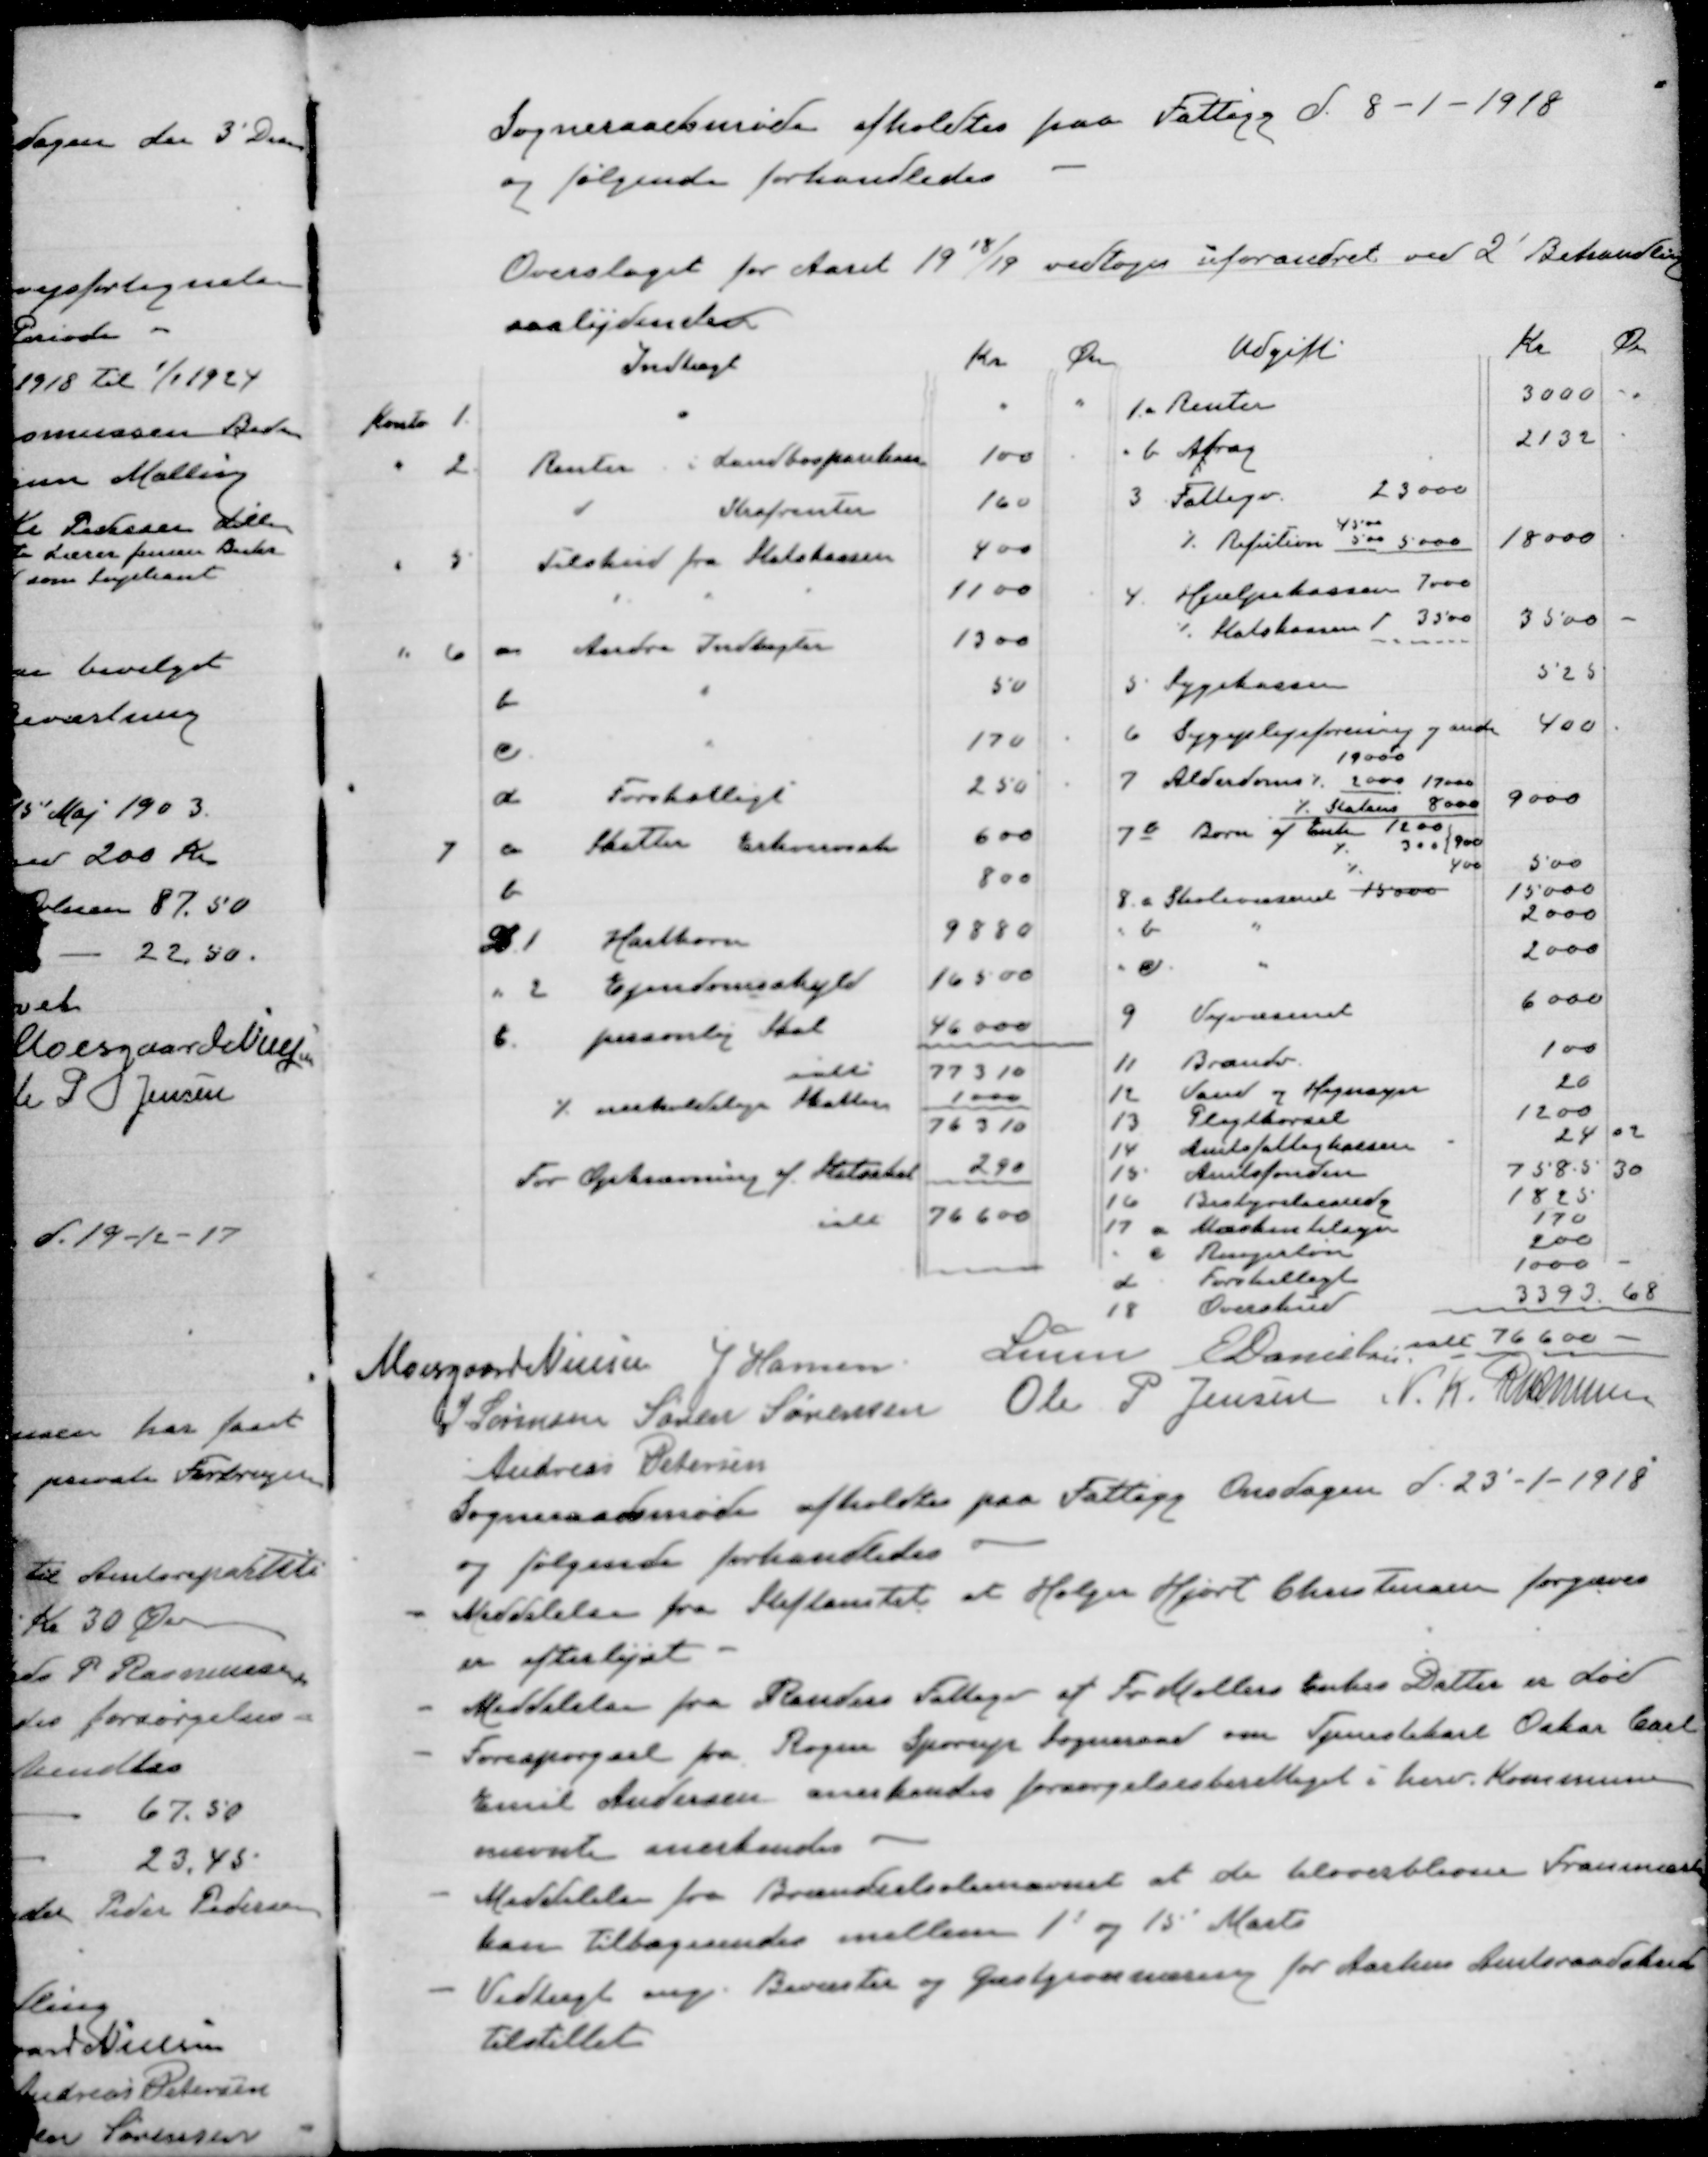
Transskription:
Sogneraadsmøde afholdtes paa Fattigg d. 8-1-1918
og følgende forhandledes
Overslaget for Aaret 1918/19 vedtoges uforandret ved 2' Behandling
saalydende:

Moesgaard Nielsen J Hansen
Lunn E Danielsen
J Sørensen Søren Sørensen Ole P Jensen N. K. Rasmussen
Andreas Petersen
Sogneraadsmøde afholdtes paa Fattigg Onsdagen d. 23'-1-1918
og følgende forhandledes
Meddelelse fra Stiftamtet at Holger Hjort Christensen forgæves
er efterlyst
Meddelelse fra Randers Fattige at Fr. Møllers Enkes Datter er død
Forespørgsel fra Røgen Sporup Sogneraad om Tjenestekarl Oskar Carl
Emil Andersen anerkendes forsørgelsesberettiget i herv kommune
nævnte anerkendes
Meddelelse fra Brændselsnævnet at de tiloverblevne Fran
kan tilbagesendes imellem 1' og 15' Marts
Vedtaget nye Beværter og Gæstgiver for Aarhus Amtsraads
tilstillet